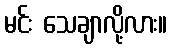
မင်း သေချာလို့လား။